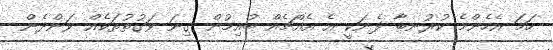
ހަމަ އެހެންމެ ކުރުނބާ ފެނަކީ އެ އެއްޗެއް ބުއިމުން ގިނަ ވަގުތުތަކެއް ވަންދެން